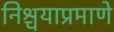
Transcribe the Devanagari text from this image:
निश्चयाप्रमाणे